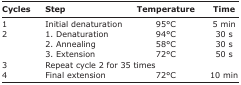
| Cycles | Step | Temperature | Time |
 | --- | --- | --- | --- |
 | 1 | Initial denaturation | 95°C | 5 min |
 | 2 | 1. Denaturation | 94°C | 30 s |
 |  | 2. Annealing | 58°C | 30 s |
 |  | 3. Extension | 72°C | 50 s |
 | 3 | <COLSPAN=3> Repeat cycle 2 for 35 times |
 | 4 | Final extension | 72°C | 10 min |